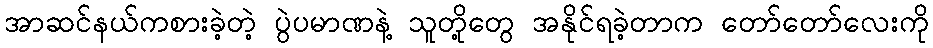
အာဆင်နယ်ကစားခဲ့တဲ့ ပွဲပမာဏနဲ့ သူတို့တွေ အနိုင်ရခဲ့တာက တော်တော်လေးကို